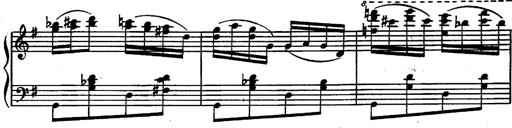
Title: Magyar rapszÃ³diÃ¡k
Composer: Franz Liszt